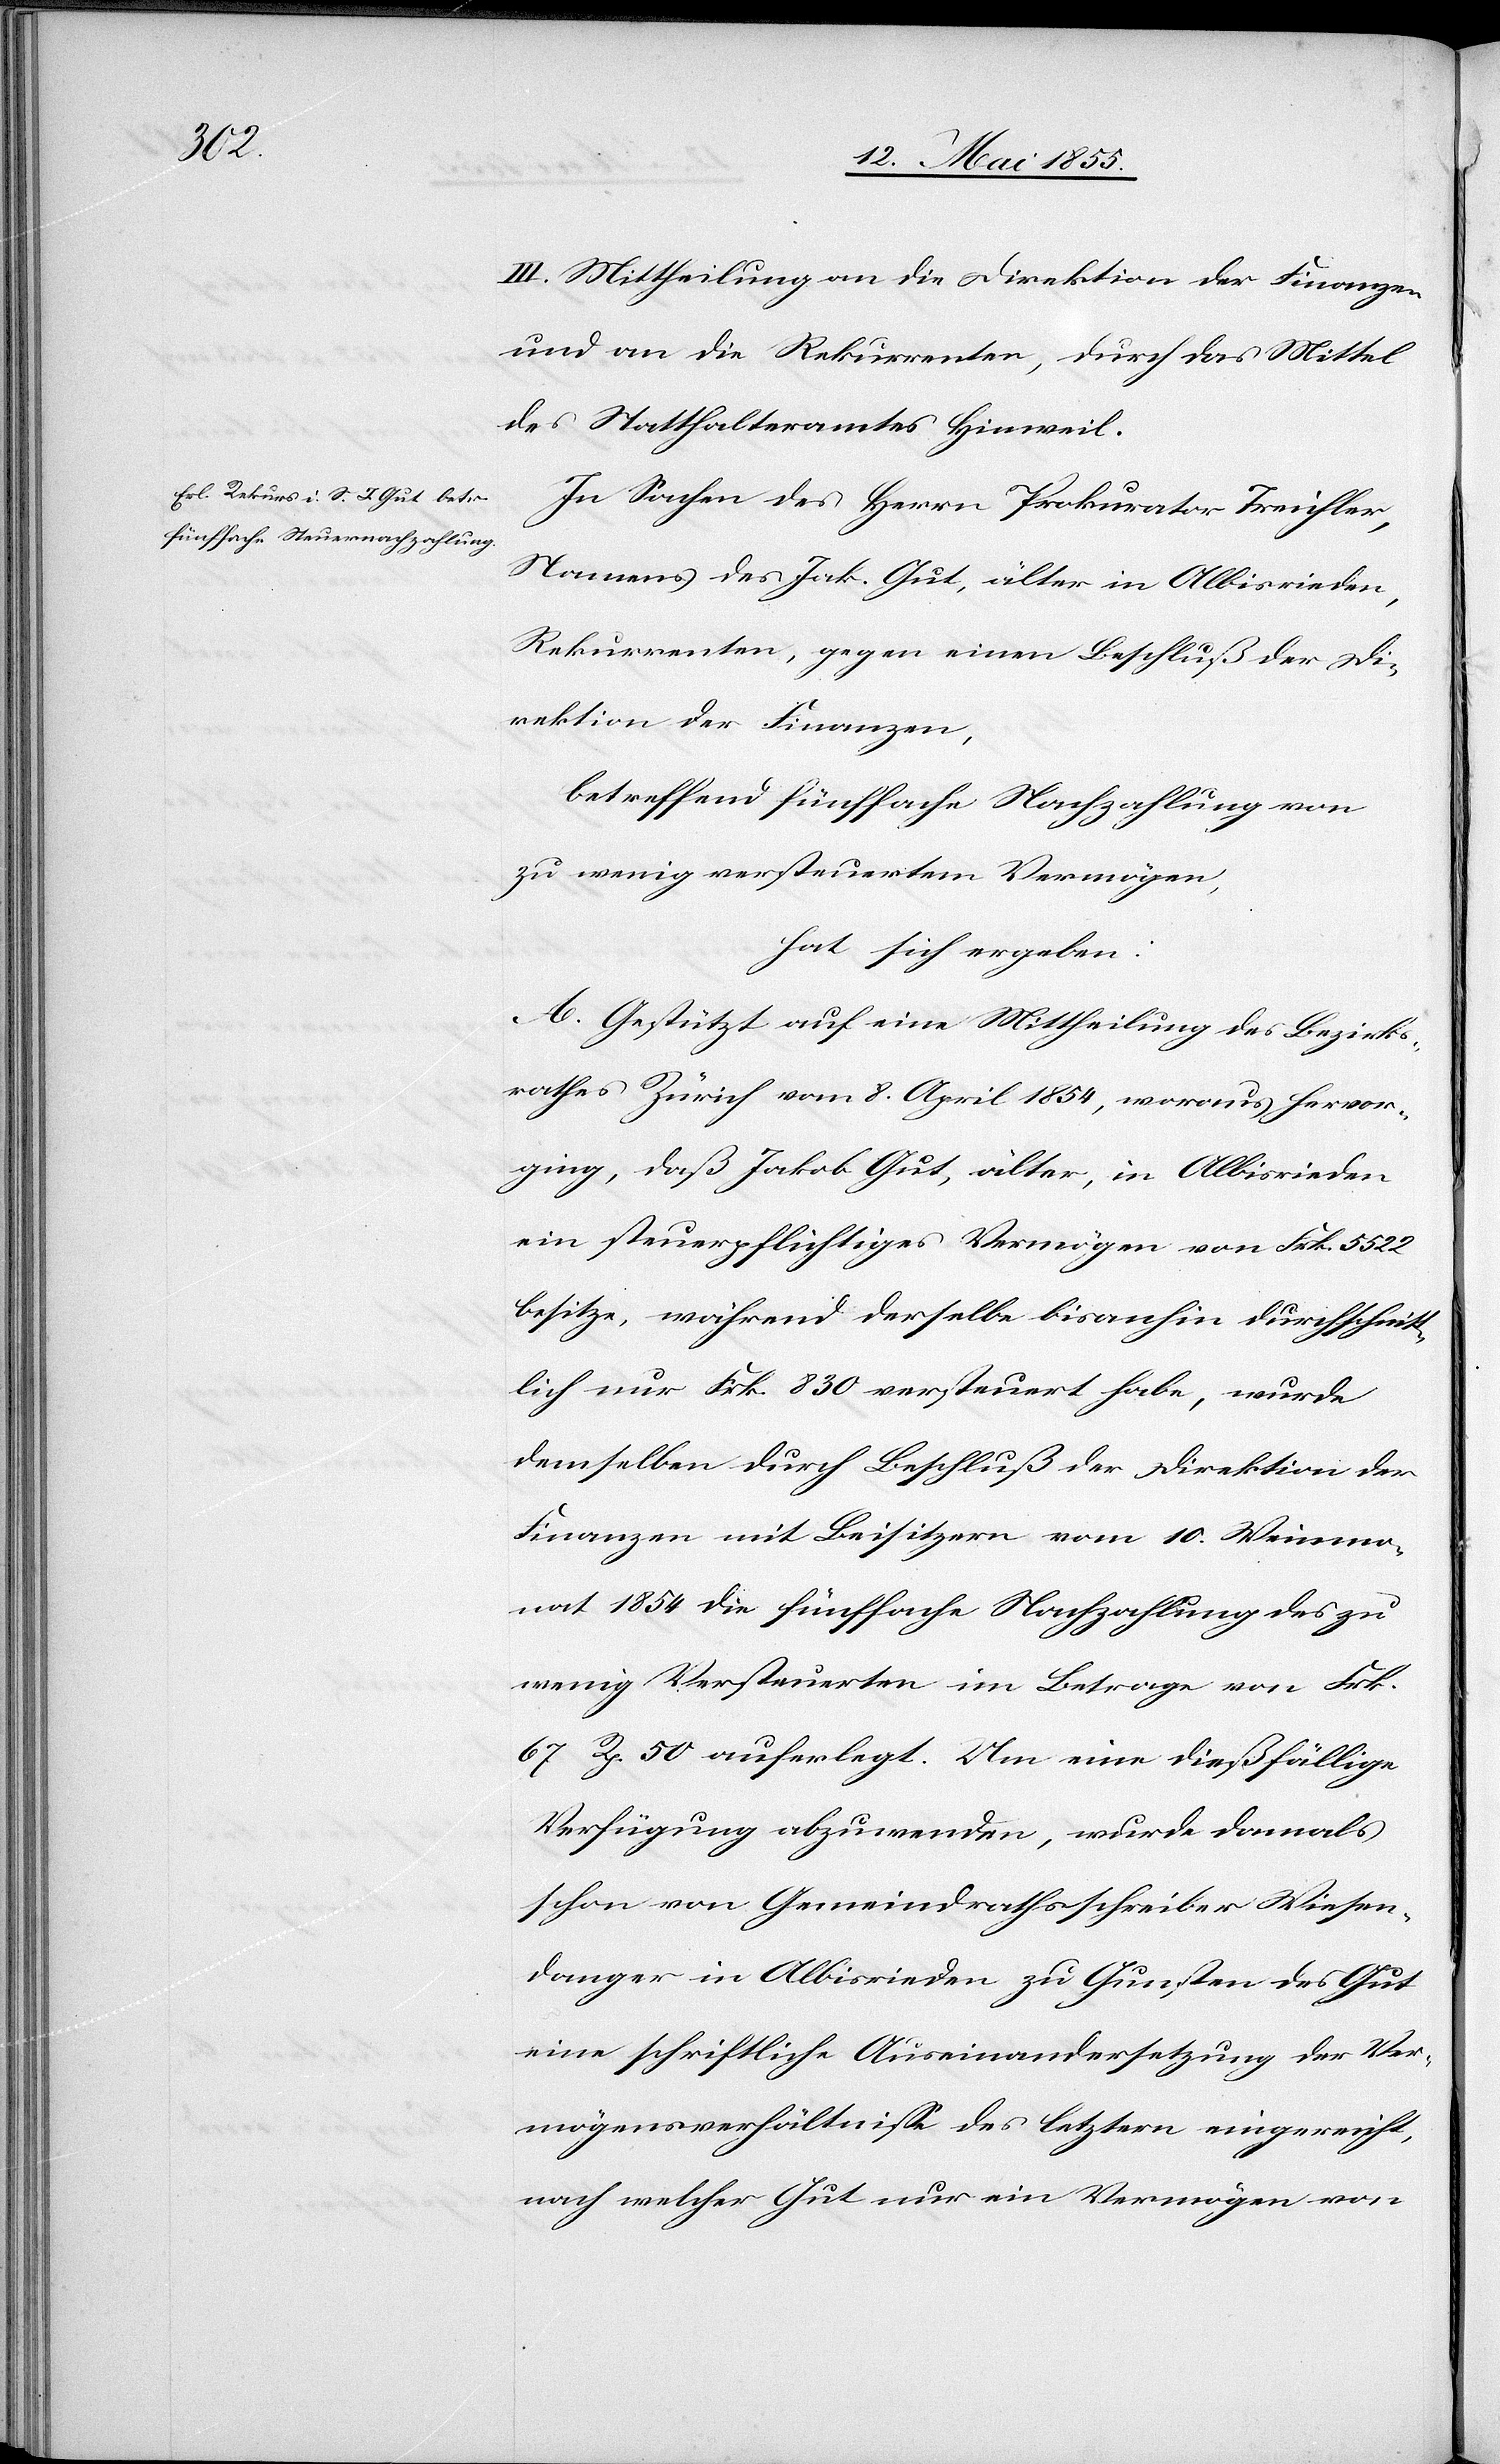
III. Mittheilung an die Direktion der Finanzen
und an die Rekurrenten, durch das Mittel
des Statthalteramtes Hinweil.
In Sachen des Herrn Prokurator Treichler,
Namens des Jak. Gut, älter in Albisrieden,
Rekurrenten, gegen einen Beschluß der Di¬
rektion der Finanzen,
betreffend fünffache Nachzahlung von
zu wenig versteuertem Vermögen,
hat sich ergeben:
A. Gestützt auf eine Mittheilung des Bezirks¬
rathes Zürich vom 8. April 1854, woraus hervor¬
ging, daß Jakob Gut, älter, in Albisrieden
ein steuerpflichtiges Vermögen von Frk. 5522
besitze, während derselbe bisanhin durchschnitt¬
lich nur Frk. 830 versteuert habe, wurde
demselben durch Beschluß der Direktion der
Finanzen mit Beisitzern vom 10. Weinmo¬
nat 1854 die fünffache Nachzahlung des zu
wenig Versteuerten im Betrage von Frk.
67 Rp. 50 auferlegt. Um eine dießfällige
Verfügung abzuwenden, wurde damals
schon von Gemeindrathsschreiber Wiesen¬
danger in Albisrieden zu Gunsten des Gut
eine schriftliche Auseinandersetzung der Ver¬
mögensverhältnisse des letztern eingereicht,
nach welcher Gut nur ein Vermögen von